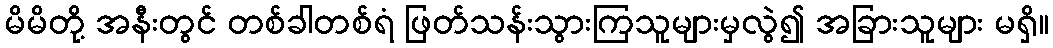
မိမိတို့ အနီးတွင် တစ်ခါတစ်ရံ ဖြတ်သန်းသွားကြသူများမှလွဲ၍ အခြားသူများ မရှိ။